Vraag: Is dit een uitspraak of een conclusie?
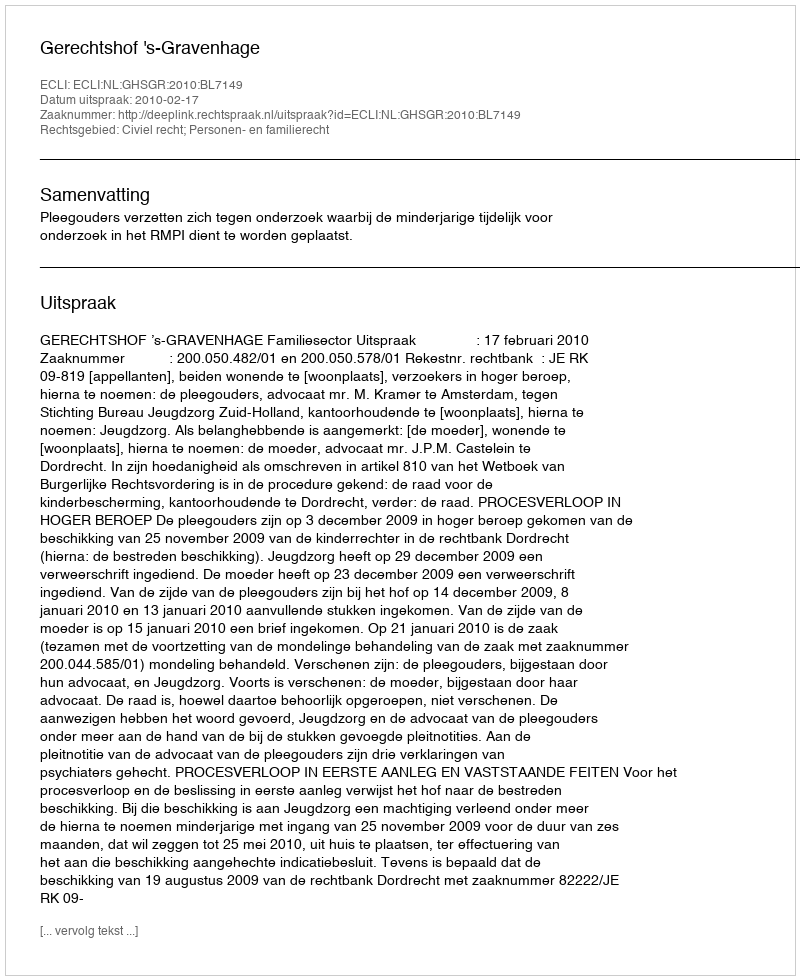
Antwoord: Uitspraak